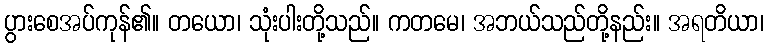
ပွားစေအပ်ကုန်၏။ တယော၊ သုံးပါးတို့သည်။ ကတမေ၊ အဘယ်သည်တို့နည်း။ အရတိယာ၊